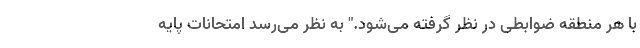
با هر منطقه ضوابطی در نظر گرفته می‌شود." به نظر می‌رسد امتحانات پایه